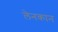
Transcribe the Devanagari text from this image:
लेनकान